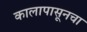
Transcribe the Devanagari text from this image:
कालापासूनचा